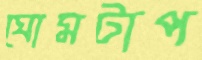
ঘোমটাপ